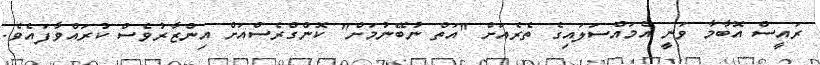
ރައީސް އޮބާމާ ވަނީ އެމައްސަލައިގެ ތެރެއަށް "އަތް ނުބޭނުމަށް" ކޮންގްރެސްއަށް އިންޒާރުވެސް ކުރައްވާފައެވެ.